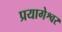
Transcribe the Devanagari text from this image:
प्रयागेश्वर